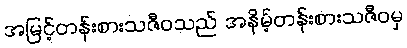
အမြင့်တန်းစားသဇီဝသည် အနိမ့်တန်းစားသဇီဝမှ